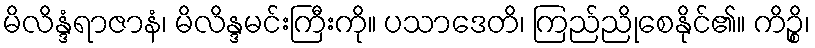
မိလိန္ဒံရာဇာနံ၊ မိလိန္ဒမင်းကြီးကို။ ပသာဒေတိ၊ ကြည်ညိုစေနိုင်၏။ ကိဉ္စိ၊